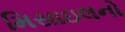
મિસાઇલનો